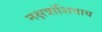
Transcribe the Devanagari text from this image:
नक्षत्रांशिवाय